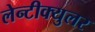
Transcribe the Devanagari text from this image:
लेन्टीक्युलर